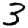
Digit: 3